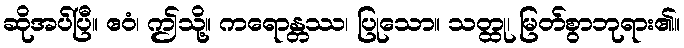
ဆိုအပ်ပြီ။ ဧဝံ၊ ဤသို့။ ကရောန္တဿ၊ ပြုသော။ သတ္ထု၊ မြတ်စွာဘုရား၏။